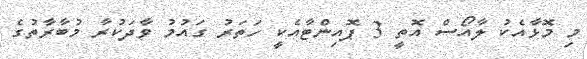
މި މޮޅާއެކު ލާއޯސް އޮތީ 3 ޕޮއިންޓާއެކީ ހަތަރު ގައުމު ވާދަކުރާ މުބާރާތުގެ